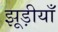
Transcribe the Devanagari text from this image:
झूड़ीयाँ